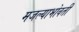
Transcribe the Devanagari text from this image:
मजल्याभोवती